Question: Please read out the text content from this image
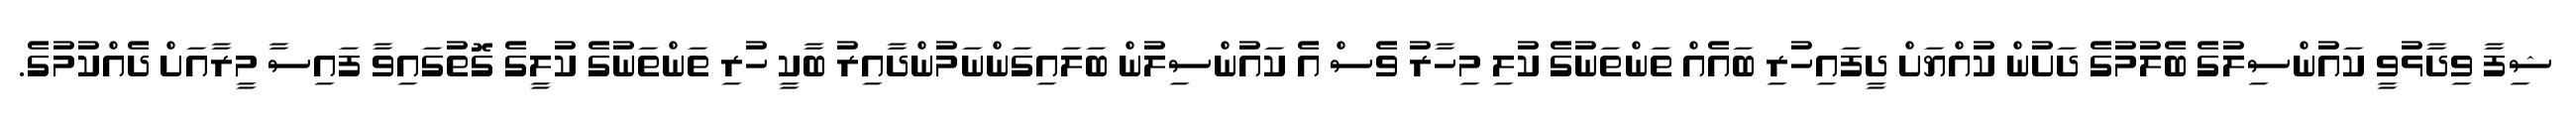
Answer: ޝިފާ ވިދާޅުވީ ކައުންސިލުގެ ބެލުމުގެ ދަށުން ކުއްޔަށް ދީފައިހުރި ބައެއް ތަންތަނުގެ ކުލި މިހާރު ވެސް އެ ކައުންސިލުން ބަލައިގަންނަމުންދާއިރު ބާކީ ހުރި ތަންތަނުގެ ކުލީގެ ގޮތުގައިވާ ފައިސާ މީރާއަށް ދެއްކުމުގެ.